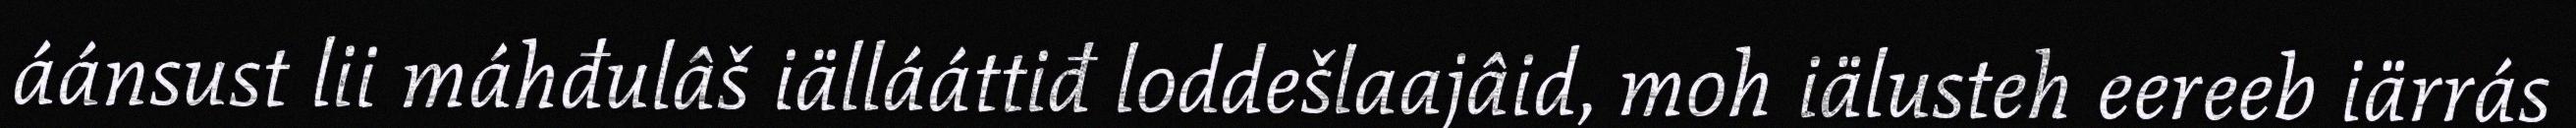
áánsust lii máhđulâš iällááttiđ loddešlaajâid, moh iälusteh eereeb iärrás